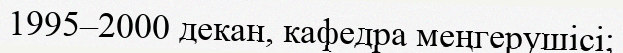
1995–2000 декан, кафедра меңгерушісі;